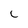
Character: c